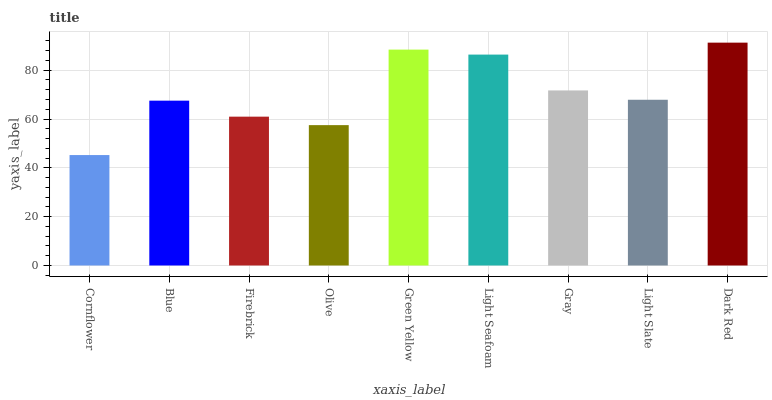
| xaxis_label | bars |
 | --- | --- |
 | Cornflower | 45.2 |
 | Blue | 67.5 |
 | Firebrick | 61 |
 | Olive | 57.5 |
 | Green Yellow | 88.5 |
 | Light Seafoam | 86.4 |
 | Gray | 71.7 |
 | Light Slate | 67.9 |
 | Dark Red | 91.3 |